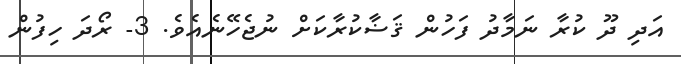
އަދި ދޫ ކުރާ ނަމާދު ފަހުން ޤަޟާކުރާކަށް ނުޖެހޭނެއެވެ. 3- ރޯދަ ހިފުން